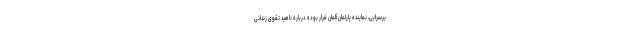
یرسرایی، نماینده پارلمان آلمان قرار بوده درباره ناهید تقوی زندانی